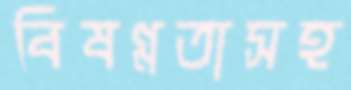
বিষণ্নতাসহ